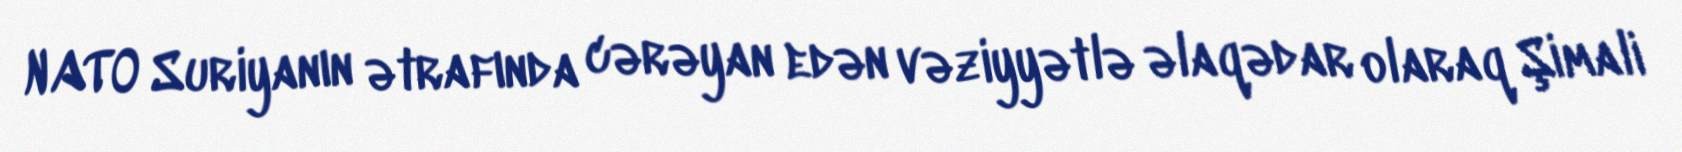
NATO Suriyanın ətrafında cərəyan edən vəziyyətlə əlaqədar olaraq Şimali